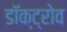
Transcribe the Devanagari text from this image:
डॉक्ट्रोव